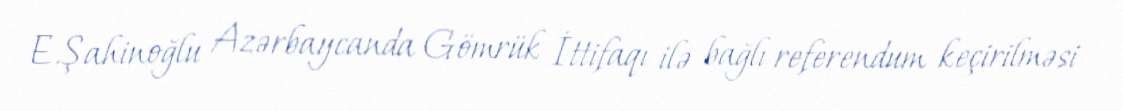
E.Şahinoğlu Azərbaycanda Gömrük İttifaqı ilə bağlı referendum keçirilməsi